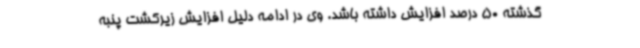
گذشته 50 درصد افزایش داشته باشد. وی در ادامه دلیل افزایش زیرکشت پنبه